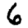
Digit: 6